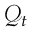
\mathcal { Q } _ { t }